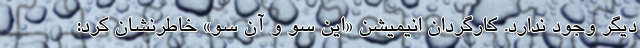
دیگر وجود ندارد. کارگردان انیمیشن «این سو و آن سو» خاطرنشان کرد: